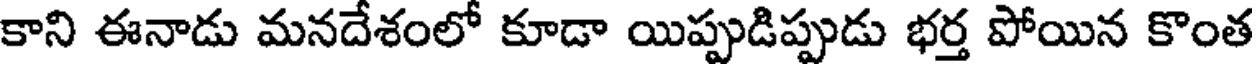
కాని ఈనాడు మనదేశంలో కూడా యిప్పుడిప్పుడు భర్త పోయిన కొంత